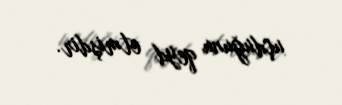
uçduğunu qeyd etmişdir.